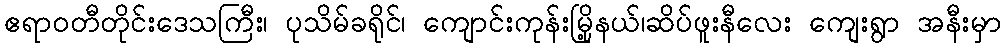
ဧရာဝတီတိုင်းဒေသကြီး၊ ပုသိမ်ခရိုင်၊ ကျောင်းကုန်းမြို့နယ်၊ဆိပ်ဖူးနီလေး ကျေးရွာ အနီးမှာ